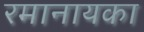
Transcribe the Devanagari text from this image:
रमानायका